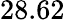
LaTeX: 28.62